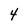
Character: 4